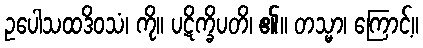
ဥပေါသထဒိဝသံ၊ ကို။ ပဋိက္ခိပတိ၊ ၏။ တသ္မာ၊ ကြောင့်။